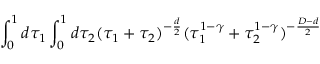
\int _ { 0 } ^ { 1 } d \tau _ { 1 } \int _ { 0 } ^ { 1 } d \tau _ { 2 } ( \tau _ { 1 } + \tau _ { 2 } ) ^ { - \frac { d } { 2 } } ( \tau _ { 1 } ^ { 1 - \gamma } + \tau _ { 2 } ^ { 1 - \gamma } ) ^ { - \frac { D - d } { 2 } }